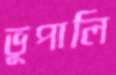
ভূপালি